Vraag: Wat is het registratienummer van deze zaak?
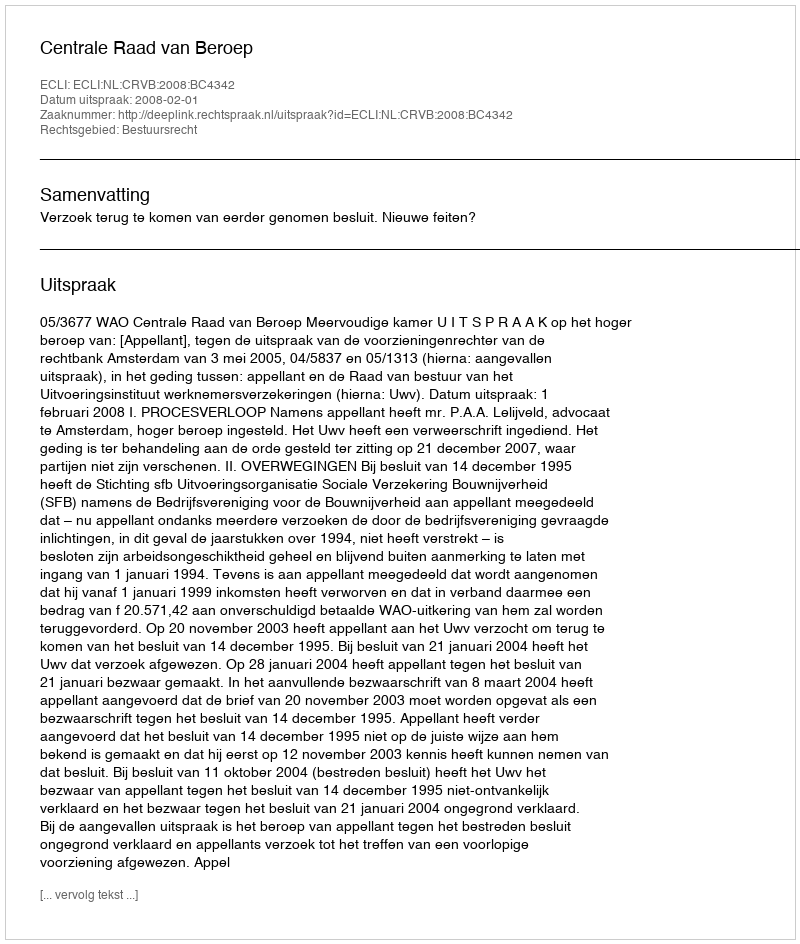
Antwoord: http://deeplink.rechtspraak.nl/uitspraak?id=ECLI:NL:CRVB:2008:BC4342